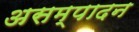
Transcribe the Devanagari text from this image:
असम्पादन